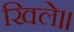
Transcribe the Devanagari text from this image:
खिले॥